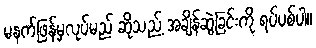
မနက်ဖြန်မှလုပ်မည် ဆိုသည့် အချိန်ဆွဲခြင်းကို ရပ်ပစ်ပါ။